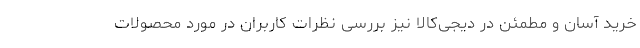
خرید آسان و مطمئن در دیجی‌کالا نیز بررسی نظرات کاربران در مورد محصولات